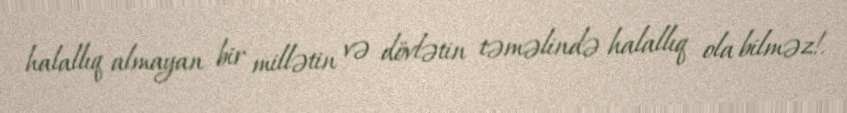
halallıq almayan bir millətin və dövlətin təməlində halallıq ola bilməz!.